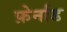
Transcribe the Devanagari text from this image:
फ़ेर्नाड